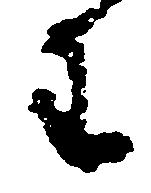
わ